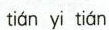
tián yi tián